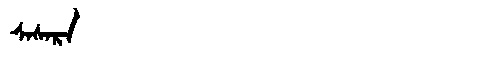
Manchu: ᠰᠠᠰᠠᡵᠠ
Romanization: SASARA